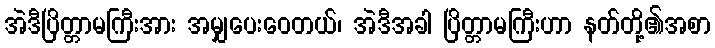
အဲဒီပြိတ္တာမကြီးအား အမျှပေးဝေတယ်၊ အဲဒီအခါ ပြိတ္တာမကြီးဟာ နတ်တို့၏အစာ